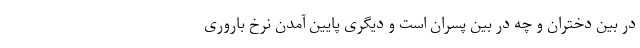
در بین دختران و چه در بین پسران است و دیگری پایین آمدن نرخ باروری